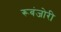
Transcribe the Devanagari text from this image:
रूबंजोरी